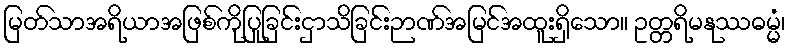
မြတ်သာအရိယာအဖြစ်ကိုပြုခြင်းငှာသိခြင်းဉာဏ်အမြင်အထူးရှိသော။ ဥတ္တရိမနုဿဓမ္မံ၊